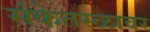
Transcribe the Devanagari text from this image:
संकेतस्ळावर